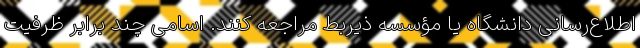
اطلاع‌رسانی دانشگاه یا مؤسسه ذیربط مراجعه کنند. اسامی چند برابر ظرفیت